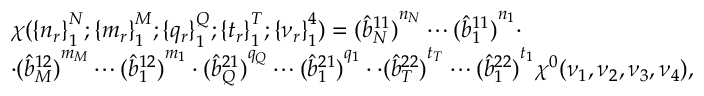
\begin{array} { l } { { \chi ( { \{ n _ { r } \} } _ { 1 } ^ { N } ; { \{ m _ { r } \} } _ { 1 } ^ { M } ; { \{ q _ { r } \} } _ { 1 } ^ { Q } ; { \{ t _ { r } \} } _ { 1 } ^ { T } ; { \{ \nu _ { r } \} } _ { 1 } ^ { 4 } ) = { ( \hat { b } _ { N } ^ { 1 1 } ) } ^ { n _ { \scriptscriptstyle N } } \cdots { ( \hat { b } _ { 1 } ^ { 1 1 } ) } ^ { n _ { 1 } } \cdot } } \\ { { \cdot { ( \hat { b } _ { M } ^ { 1 2 } ) } ^ { m _ { \scriptscriptstyle M } } \cdots { ( \hat { b } _ { 1 } ^ { 1 2 } ) } ^ { m _ { 1 } } \cdot { ( \hat { b } _ { Q } ^ { 2 1 } ) } ^ { q _ { \scriptscriptstyle Q } } \cdots { ( \hat { b } _ { 1 } ^ { 2 1 } ) } ^ { q _ { 1 } } \cdot \cdot { ( \hat { b } _ { T } ^ { 2 2 } ) } ^ { t _ { \scriptscriptstyle T } } \cdots { ( \hat { b } _ { 1 } ^ { 2 2 } ) } ^ { t _ { 1 } } \chi ^ { 0 } ( \nu _ { 1 } , \nu _ { 2 } , \nu _ { 3 } , \nu _ { 4 } ) , } } \end{array}